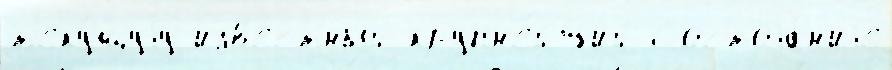
т'еку́щуjу изв'е́стный крупн'е́йший Состоjа́н'иjе